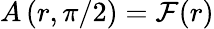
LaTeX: A\left(r,\pi/2\right)={\cal F}(r)